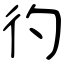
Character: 彴